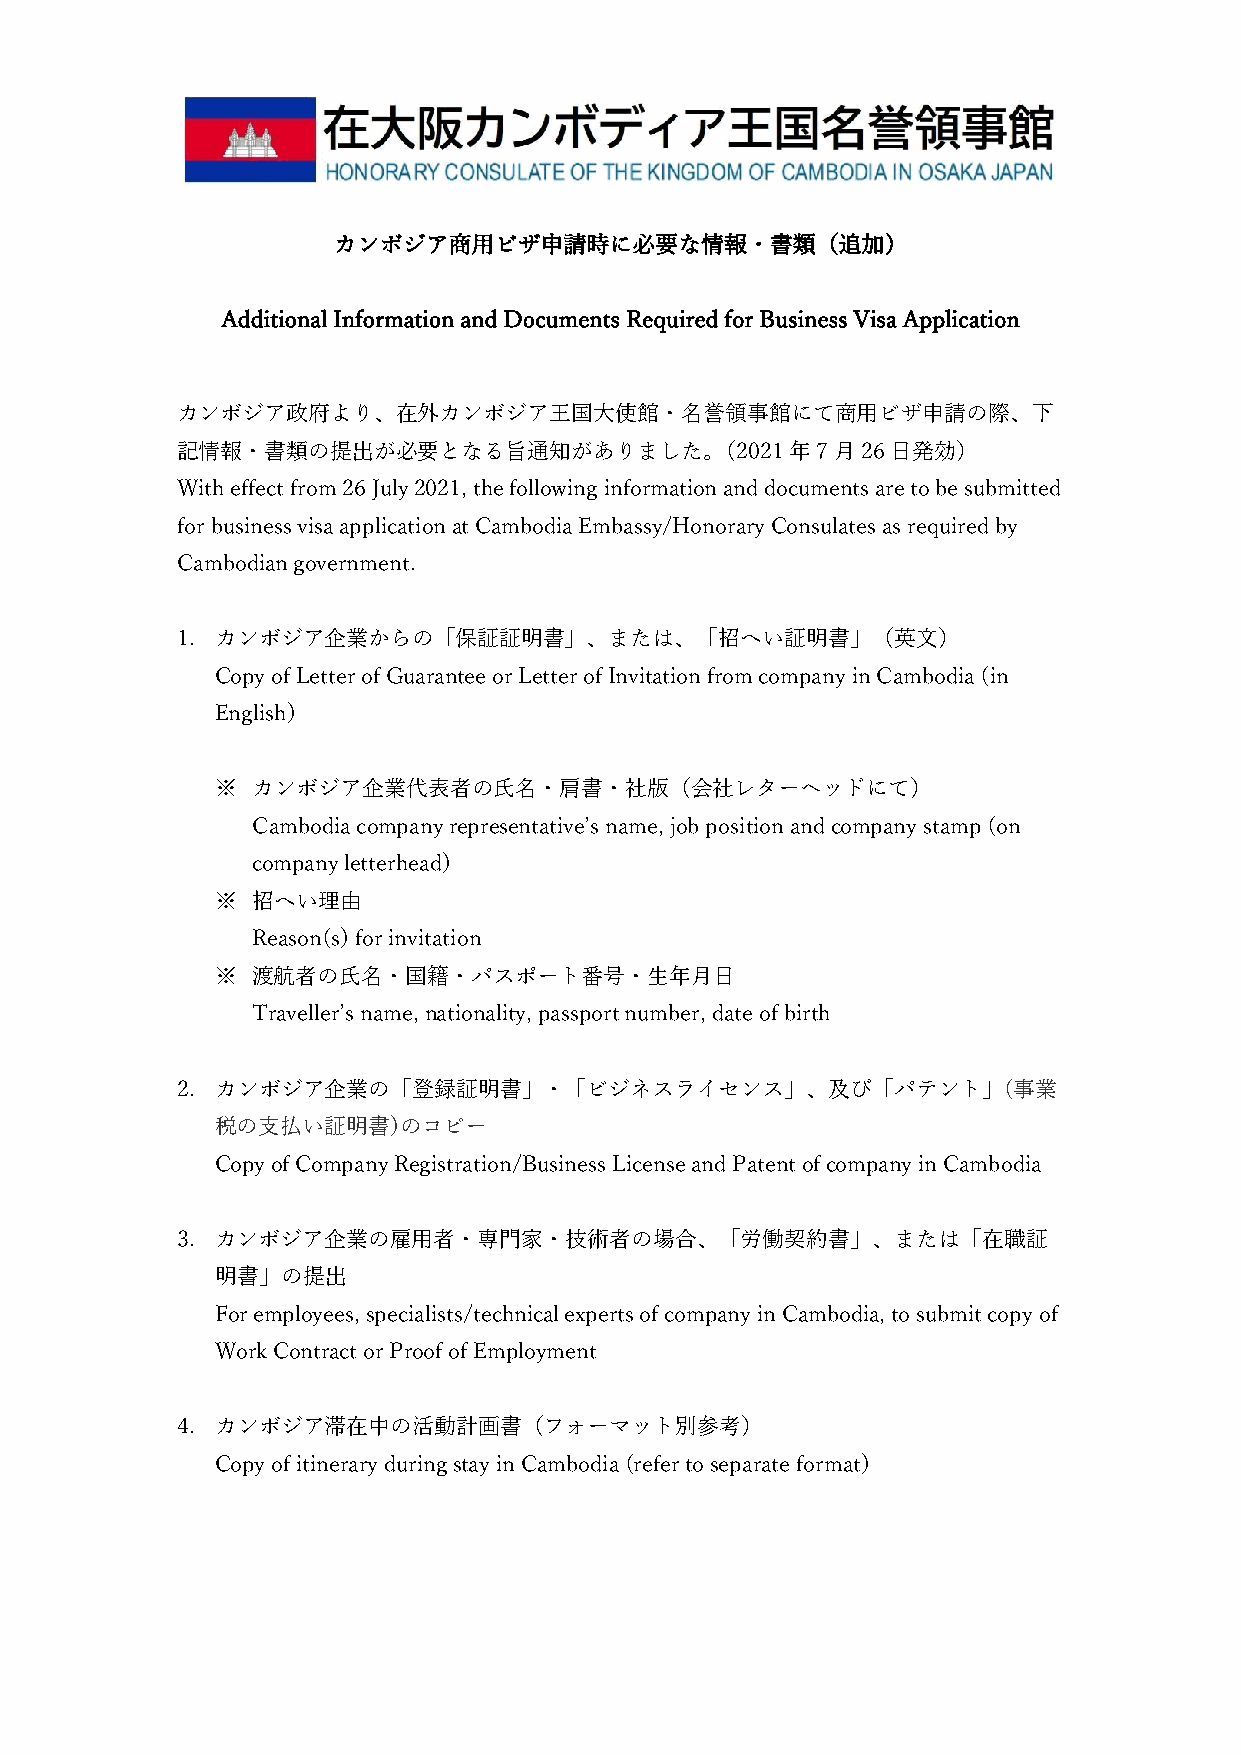
カンボジア商用ビザ申請時に必要な情報・書類（追加）
 Additional Information and Documents Required for Business Visa Application
 カンボジア政府より、在外カンボジア王国大使館・名誉領事館にて商用ビザ申請の際、下
 記情報・書類の提出が必要となる旨通知がありました。（2021年7月26日発効）
 With effect from 26 July 2021, the following information and documents are to be submitted
 for business visa application at Cambodia Embassy/Honorary Consulates as required by
 Cambodian government.
 1. カンボジア企業からの「保証証明書」、または、「招へい証明書」（英文）
 Copy of Letter of Guarantee or Letter of Invitation from company in Cambodia (in
 English)
 ※  カンボジア企業代表者の氏名・肩書・社版（会社レターヘッドにて）
 Cambodia company representative’s name, job position and company stamp (on
 company letterhead)
 ※  招へい理由
 Reason(s) for invitation
 ※  渡航者の氏名・国籍・パスポート番号・生年月日
 Traveller’s name, nationality, passport number, date of birth
 2. カンボジア企業の「登録証明書」・「ビジネスライセンス」、及び「パテント」(事業
 税の支払い証明書)のコピー
 Copy of Company Registration/Business License and Patent of company in Cambodia
 3. カンボジア企業の雇用者・専門家・技術者の場合、「労働契約書」、または「在職証
 明書」の提出
 For employees, specialists/technical experts of company in Cambodia, to submit copy of
 Work Contract or Proof of Employment
 4. カンボジア滞在中の活動計画書（フォーマット別参考）
 Copy of itinerary during stay in Cambodia (refer to separate format)